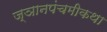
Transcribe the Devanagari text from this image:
ज्ञानपंचमीकथा